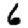
Digit: 6